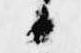
候